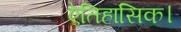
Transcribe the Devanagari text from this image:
ऐतिहासिक।